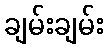
ချမ်းချမ်း